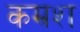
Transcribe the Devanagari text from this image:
कम्रश